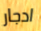
ادجار